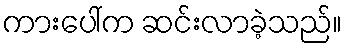
ကားပေါ်က ဆင်းလာခဲ့သည်။